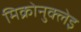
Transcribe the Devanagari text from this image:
मिक्रोनुक्लेइ